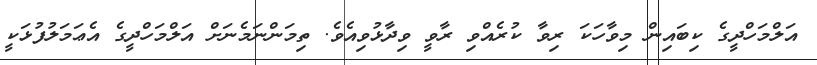
އަލްމަހްދީގެ ކިބައިން މިވާހަކަ ރިވާ ކުރެއްވި ރާވީ ވިދާޅުވިއެވެ. ތިމަންނަމެނަށް އަލްމަހްދީގެ އެޢަމަލުފުޅަކީ